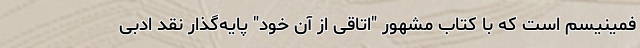
فمینیسم است که با کتاب مشهور "اتاقی از آن خود" پایه‌گذار نقد ادبی